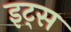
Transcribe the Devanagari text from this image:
इट्‍स